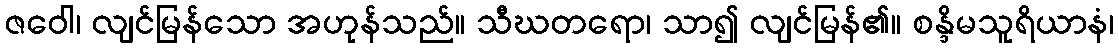
ဇဝေါ၊ လျင်မြန်သော အဟုန်သည်။ သီဃတရော၊ သာ၍ လျင်မြန်၏။ စန္ဒိမသူရိယာနံ၊